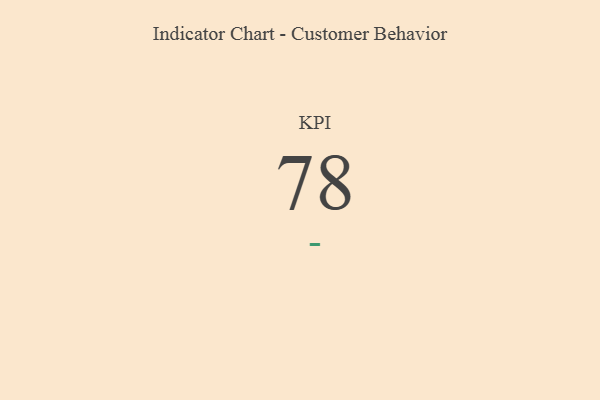
{"axis": {"x": "KPI", "y": "Value"}, "legend": [""], "data": [{"x": "KPI", "y": 78, "type": ""}]}